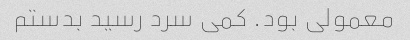
معمولی بود. کمی سرد رسید بدستم